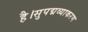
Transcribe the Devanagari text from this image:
है।सुपद्मव्याकरण